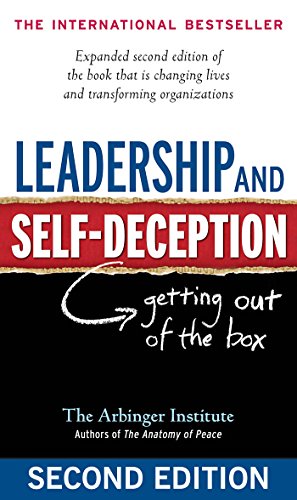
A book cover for Leadership and Self-Deception: Getting Out of the Box; Arbinger Institute; Business & Money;